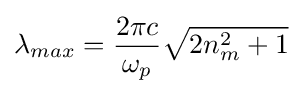
\lambda _{max}={\frac {2\pi c}{\omega _{p}}}{\sqrt {2n_{m}^{2}+1}}